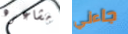
مشاعره جاءني